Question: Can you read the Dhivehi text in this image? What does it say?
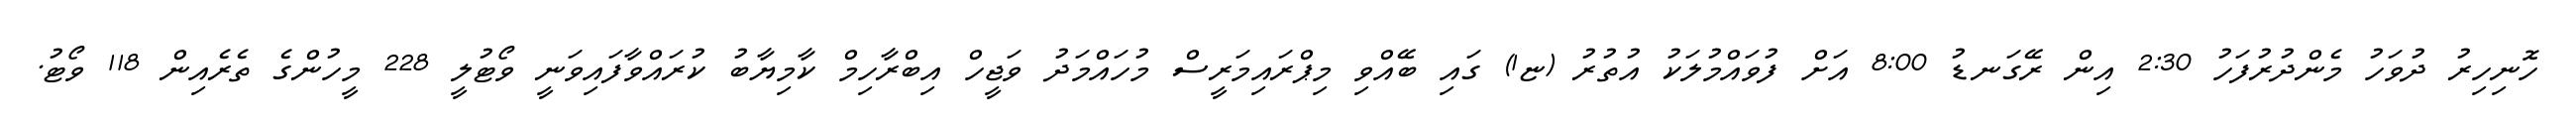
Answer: ހޮނިހިރު ދުވަހު މެންދުރުފަހު 2:30 އިން ރޭގަނޑު 8:00 އަށް ފުވައްމުލަކު އުތުރު (ޏ1) ގައި ބޭއްވި މިޕްރައިމަރީސް މުހައްމަދު ވަޖީހް އިބްރާހިމް ކާމިޔާބު ކުރައްވާފައިވަނީ ވޯޓުލީ 228 މީހުންގެ ތެރެއިން 118 ވޯޓު.